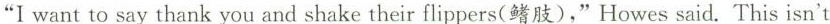
“Iwant to say thank you and shake their flippers(鳍肢),"Howes said.This isn't